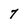
Character: 7